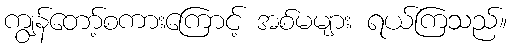
ကျွန်တော့်စကားကြောင့် အစ်မများ ရယ်ကြသည်။